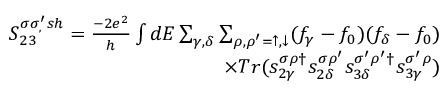
\begin{array} { r } { { S _ { 2 3 } ^ { \sigma \sigma _ { , } ^ { \prime } s h } = \frac { - 2 e ^ { 2 } } { h } \int d E \sum _ { \gamma , \delta } \sum _ { \rho , \rho ^ { \prime } = \uparrow , \downarrow } ( f _ { \gamma } - f _ { 0 } ) ( f _ { \delta } - f _ { 0 } ) } } \\ { { \times T r ( s _ { 2 \gamma } ^ { \sigma \rho \dagger } s _ { 2 \delta } ^ { \sigma \rho ^ { \prime } } s _ { 3 \delta } ^ { \sigma ^ { \prime } \rho ^ { \prime } \dagger } s _ { 3 \gamma } ^ { \sigma ^ { \prime } \rho } ) } } \end{array}